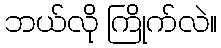
ဘယ်လို ကြိုက်လဲ။